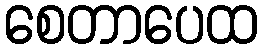
စေတာပေထ